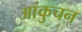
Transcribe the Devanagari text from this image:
आंकुचन